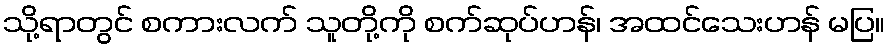
သို့ရာတွင် စကားလက် သူတို့ကို စက်ဆုပ်ဟန်၊ အထင်သေးဟန် မပြ။